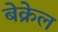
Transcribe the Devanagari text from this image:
बेक्रेल